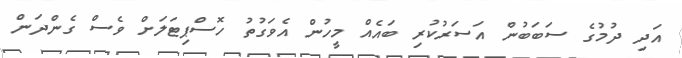
އަދި ދުމުގެ ސަބަބުން އަސަރުކުރި ބައެއް މީހުން އެވަގުތު ހޮސްޕިޓަލަށް ވެސް ގެންދަން